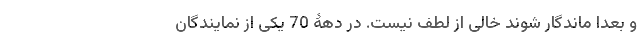
و بعداً ماندگار شوند خالی از لطف نیست. در دهۀ 70 یکی از نمایندگان